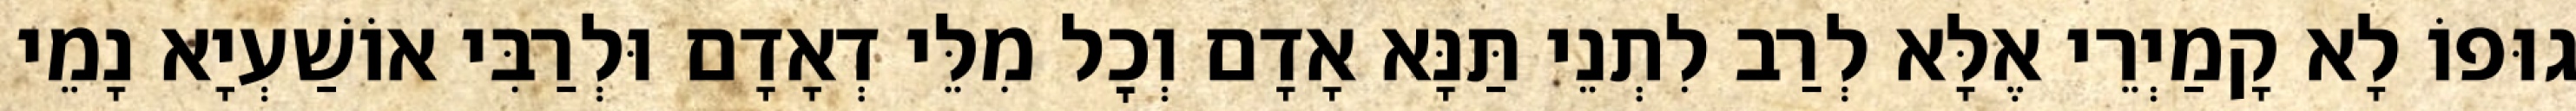
גוּפוֹ לָא קָמַיְרֵי אֶלָּא לְרַב לִתְנֵי תַּנָּא אָדָם וְכׇל מִלֵּי דְאָדָם וּלְרַבִּי אוֹשַׁעְיָא נָמֵי